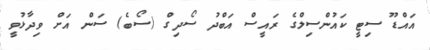
އައްޑޫ ސިޓީ ކައުންސިލްގެ ރައީސް އަބްދު ސޯދިގް (ސޯބެ) ސަން އަށް ވިދާޅުވީ